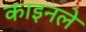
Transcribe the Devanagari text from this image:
काइनले